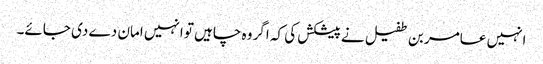
انہیں عامر بن طفیل نے پیشکش کی کہ اگر وہ چاہیں تو انہیں امان دے دی جائے۔